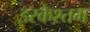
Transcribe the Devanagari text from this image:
इरकेश्तम